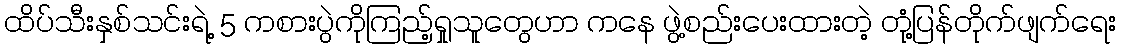
ထိပ်သီးနှစ်သင်းရဲ့ 5 ကစားပွဲကိုကြည့်ရှုသူတွေဟာ ကနေ ဖွဲ့စည်းပေးထားတဲ့ တုံ့ပြန်တိုက်ဖျက်ရေး